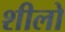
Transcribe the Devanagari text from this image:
शीलो